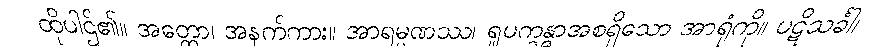
ထိုပါဌ်၏။ အတ္ထော၊ အနက်ကား။ အာရမ္မဏဿ၊ ရူပက္ခန္ဓာအစရှိသော အာရုံကို။ ပဋိသင်္ခါ၊